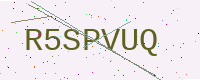
Text: R5SPVUQ